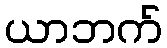
ယာဘက်